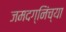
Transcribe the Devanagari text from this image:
जमदग्निंच्या